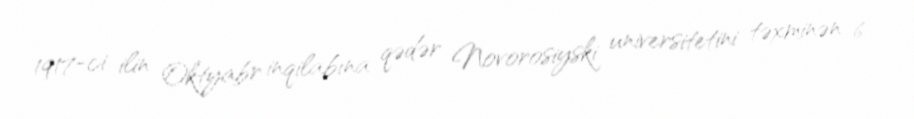
1917-ci ilin Oktyabr inqilabına qədər Novorosiyski universitetini təxminən 6